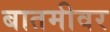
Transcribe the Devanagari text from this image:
बातमीवर